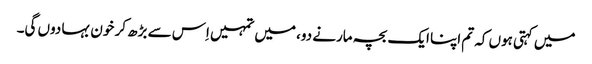
میں کہتی ہوں کہ تم اپنا ایک بچہ مارنے دو، میں تمہیں اِس سے بڑھ کر خون بہا دوں گی۔